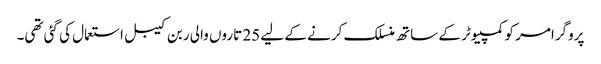
پروگرامر کو کمپیوٹر کے ساتھ منسلک کرنے کے لیے 25 تاروں والی ربن کیبل استعمال کی گئی تھی۔